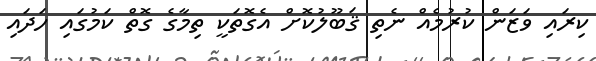
ކިރައި ވަޒަން ކުރުމެއް ނެތި ޤަބޫލުކޮށް އެގޮތަކީ ތިމާގެ ގޮތް ކަމުގައި ހަދައި